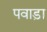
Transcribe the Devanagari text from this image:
पवाड़ा